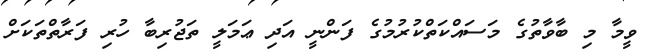
ވީމާ މި ބާވާތުގެ މަސައްކަތްކުރުމުގެ ފަންނީ އަދި ޢަމަލީ ތަޖުރިބާ ހުރި ފަރާތްތަކަށް